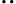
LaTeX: \cdot\cdot